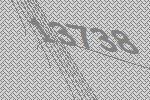
13738